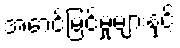
အောင်မြင်မှုများနှင့်